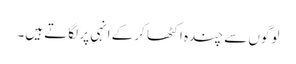
لوگوں سے چندہ اکٹھا کرکے انہی پر لگاتے ہیں۔